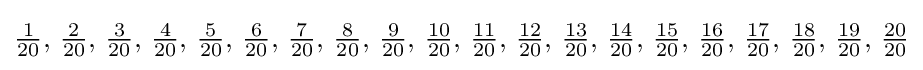
{\tfrac {1}{20}},\,{\tfrac {2}{20}},\,{\tfrac {3}{20}},\,{\tfrac {4}{20}},\,{\tfrac {5}{20}},\,{\tfrac {6}{20}},\,{\tfrac {7}{20}},\,{\tfrac {8}{20}},\,{\tfrac {9}{20}},\,{\tfrac {10}{20}},\,{\tfrac {11}{20}},\,{\tfrac {12}{20}},\,{\tfrac {13}{20}},\,{\tfrac {14}{20}},\,{\tfrac {15}{20}},\,{\tfrac {16}{20}},\,{\tfrac {17}{20}},\,{\tfrac {18}{20}},\,{\tfrac {19}{20}},\,{\tfrac {20}{20}}